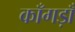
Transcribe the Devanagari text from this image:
काँगड़ाँ